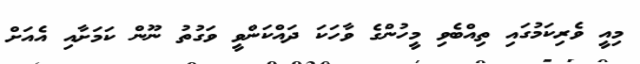
މިއީ ވެރިކަމުގައި ތިއްބެވި މީހުންގެ ވާހަކަ ދައްކަންވީ ވަގުތު ނޫން ކަމަށާއި އެއަށް